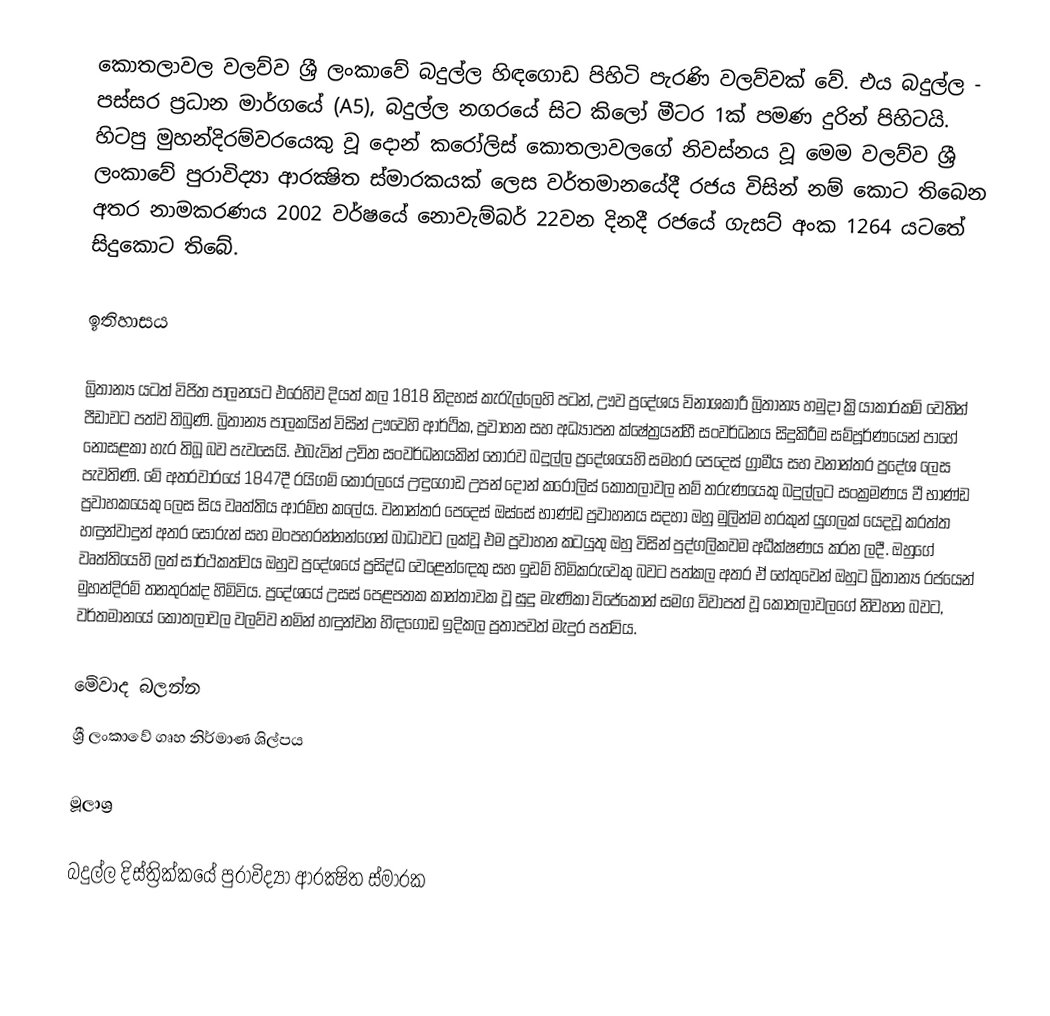
කොතලාවල වලව්ව ශ්‍රී ලංකාවේ බදුල්ල හිඳගොඩ පිහිටි පැරණි වලව්වක් වේ. එය බදුල්ල - පස්සර ප්‍රධාන මාර්ගයේ (A5), බදුල්ල නගරයේ සිට කිලෝ මීටර 1ක් පමණ දුරින් පිහිටයි. හිටපු මුහන්දිරම්වරයෙකු වූ දොන් කරෝලිස් කොතලාවලගේ නිවස්නය වූ මෙම වලව්ව ශ්‍රී ලංකාවේ පුරාවිද්‍යා ආරක්‍ෂිත ස්මාරකයක් ලෙස වර්තමානයේදී රජය විසින් නම් කොට තිබෙන අතර නාමකරණය 2002 වර්ෂයේ නොවැම්බර් 22වන දිනදී රජයේ ගැසට් අංක 1264 යටතේ සිදුකොට තිබේ.

ඉතිහාසය

බ්‍රිතාන්‍ය යටත් විජිත පාලනයට එරෙහිව දියත් කල 1818 නිදහස් කැරැල්ලෙහි පටන්, ඌව ප්‍රදේශය විනාශකාරී බ්‍රිතාන්‍ය හමුදා ක්‍රියාකාරකම් වෙතින් පීඩාවට පත්ව තිබුණි. බ්‍රිතාන්‍ය පාලකයින් විසින් ඌවෙහි ආර්ථික, ප්‍රවාහන සහ අධ්‍යාපන ක්ෂේත්‍රයන්හී සංවර්ධනය සිදුකිරීම සම්පූර්ණයෙන් පාහේ නොසළකා හැර තිබූ බව පැවසෙයි. එබැවින් උචිත සංවර්ධනයකින් තොරව බදුල්ල ප්‍රදේශයෙහි සමහර පෙදෙස් ග්‍රාමීය සහ වනාන්තර ප්‍රදේශ ලෙස පැවතිණි. මේ අතරවාරයේ 1847දී රයිගම් කෝරලයේ උඳුගොඩ උපන් දොන් කරෝලිස් කොතලාවල නම් තරුණයෙකු බදුල්ලට සංක්‍රමණය වී භාණ්ඩ ප්‍රවාහකයෙකු ලෙස සිය වෘත්තිය ආරම්භ කලේය. වනාන්තර පෙදෙස් ඔස්සේ භාණ්ඩ ප්‍රවාහනය සදහා ඔහු මුලින්ම හරකුන් යුගලක් යෙදවූ කරත්ත හඳුන්වාදුන් අතර සොරුන් සහ මංපහරන්නන්ගෙන් බාධාවට ලක්වූ එම ප්‍රවාහන කටයුතු ඔහු විසින් පුද්ගලිකවම අධීක්ෂණය කරන ලදී. ඔහුගේ වෘත්තියෙහි ලත් සාර්ථකත්වය ඔහුව ප්‍රදේශයේ ප්‍රසිද්ධ වෙළෙන්ඳෙකු සහ ඉඩම් හිමිකරුවෙකු බවට පත්කල අතර ඒ හේතුවෙන් ඔහුට බ්‍රිතාන්‍ය රජයෙන් මුහන්දිරම් තනතුරක්ද හිමිවිය. ප්‍රදේශයේ උසස් පෙළපතක කාන්තාවක වූ සුදු මැණිකා විජේකෝන් සමග විවාපත් වූ කොතලාවලගේ නිවහන බවට, වර්තමානයේ කොතලාවල වලව්ව නමින් හඳුන්වන හිඳගොඩ ඉදිකල ප්‍රතාපවත් මැදුර පත්විය.

මේවාද බලන්න
 ශ්‍රී ලංකාවේ ගෘහ නිර්මාණ ශිල්පය

මූලාශ්‍ර

බදුල්ල දිස්ත්‍රික්කයේ පුරාවිද්‍යා ආරක්‍ෂිත ස්මාරක